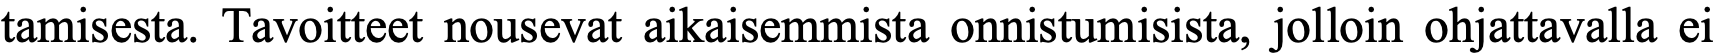
tamisesta. Tavoitteet nousevat aikaisemmista onnistumisista, jolloin ohjattavalla ei